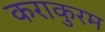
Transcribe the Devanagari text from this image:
कराकुरम